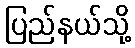
ပြည်နယ်သို့